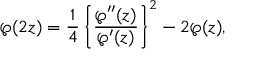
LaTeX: \wp ( 2 z ) = { \frac { 1 } { 4 } } \left\{ { \frac { \wp ^ { \prime \prime } ( z ) } { \wp ^ { \prime } ( z ) } } \right\} ^ { 2 } - 2 \wp ( z ) ,